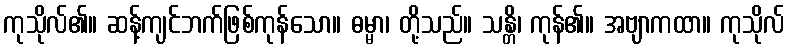
ကုသိုလ်၏။ ဆန့်ကျင်ဘက်ဖြစ်ကုန်သော။ ဓမ္မာ၊ တို့သည်။ သန္တိ၊ ကုန်၏။ အဗျာကထာ။ ကုသိုလ်